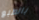
بالطبع